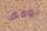
نوقف